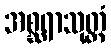
အစ္ဆရာသုတ္တံ